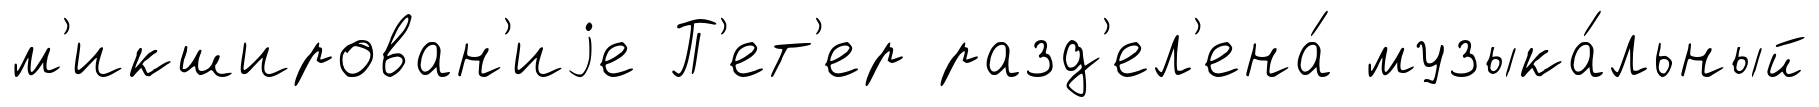
м'икширован'иjе П'ет'ер разд'ел'ена́ музыка́льный